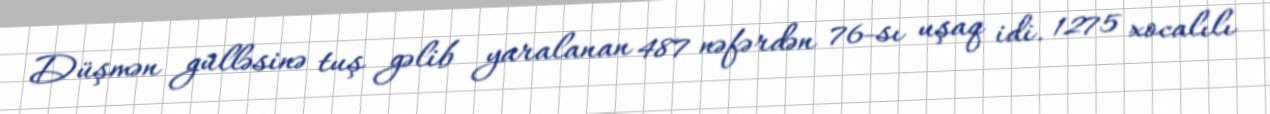
Düşmən gülləsinə tuş gəlib yaralanan 487 nəfərdən 76-sı uşaq idi. 1275 xocalılı